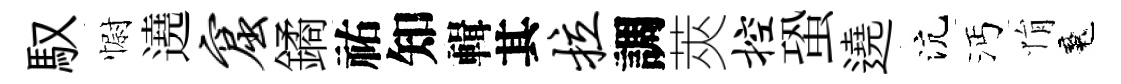
馭𢠢遶窟鐍祐知輯其拉調莢控蛩遶沆沔悁魂